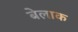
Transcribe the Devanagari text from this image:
बेलाक